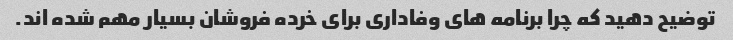
توضیح دهید که چرا برنامه های وفاداری برای خرده فروشان بسیار مهم شده اند.